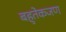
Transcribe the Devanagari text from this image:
बहुतेकजण